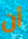
أن